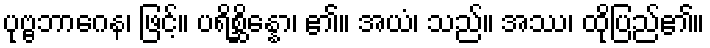
ပုဗ္ဗဘာဂေန၊ ဖြင့်။ ပရိစ္ဆိန္နော၊ ၏။ အယံ၊ သည်။ အဿ၊ ထိုပြည်၏။